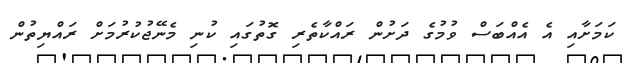
ކަމަށާއި އެ އެއްބަސް ވުމުގެ ދަށުން ރައްކާތެރި ގޮތުގައި ކުނި މެނޭޖުކުރުމަށް ރައްޔިތުން